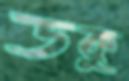
ডকু